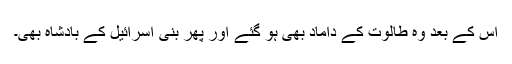
اس کے بعد وہ طالوت کے داماد بھی ہو گئے اور پھر بنی اسرائیل کے بادشاہ بھی۔